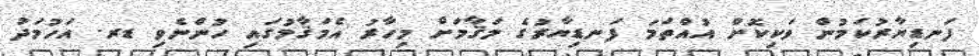
ފަނޑިޔާރުކަމުން ވަކިކޮށް އުއްތަމަ ފަނޑިޔާރުގެ މަޤާމަށް މިހާރު އެމަޤާމުގައި ހުންނެވި ޑރ. އަހުމަދު